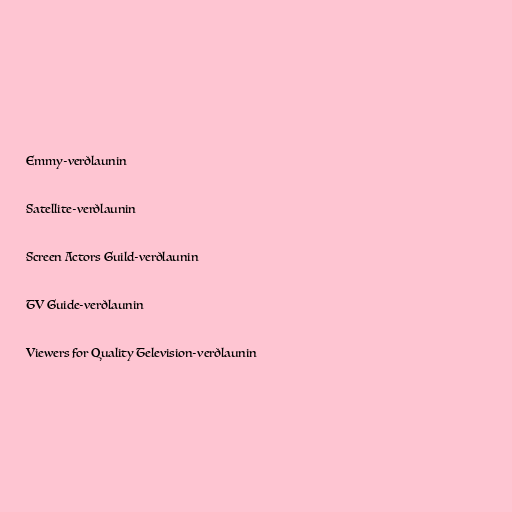
Emmy-verðlaunin

Satellite-verðlaunin

Screen Actors Guild-verðlaunin

TV Guide-verðlaunin

Viewers for Quality Television-verðlaunin